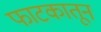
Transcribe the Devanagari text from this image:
फाटकातून